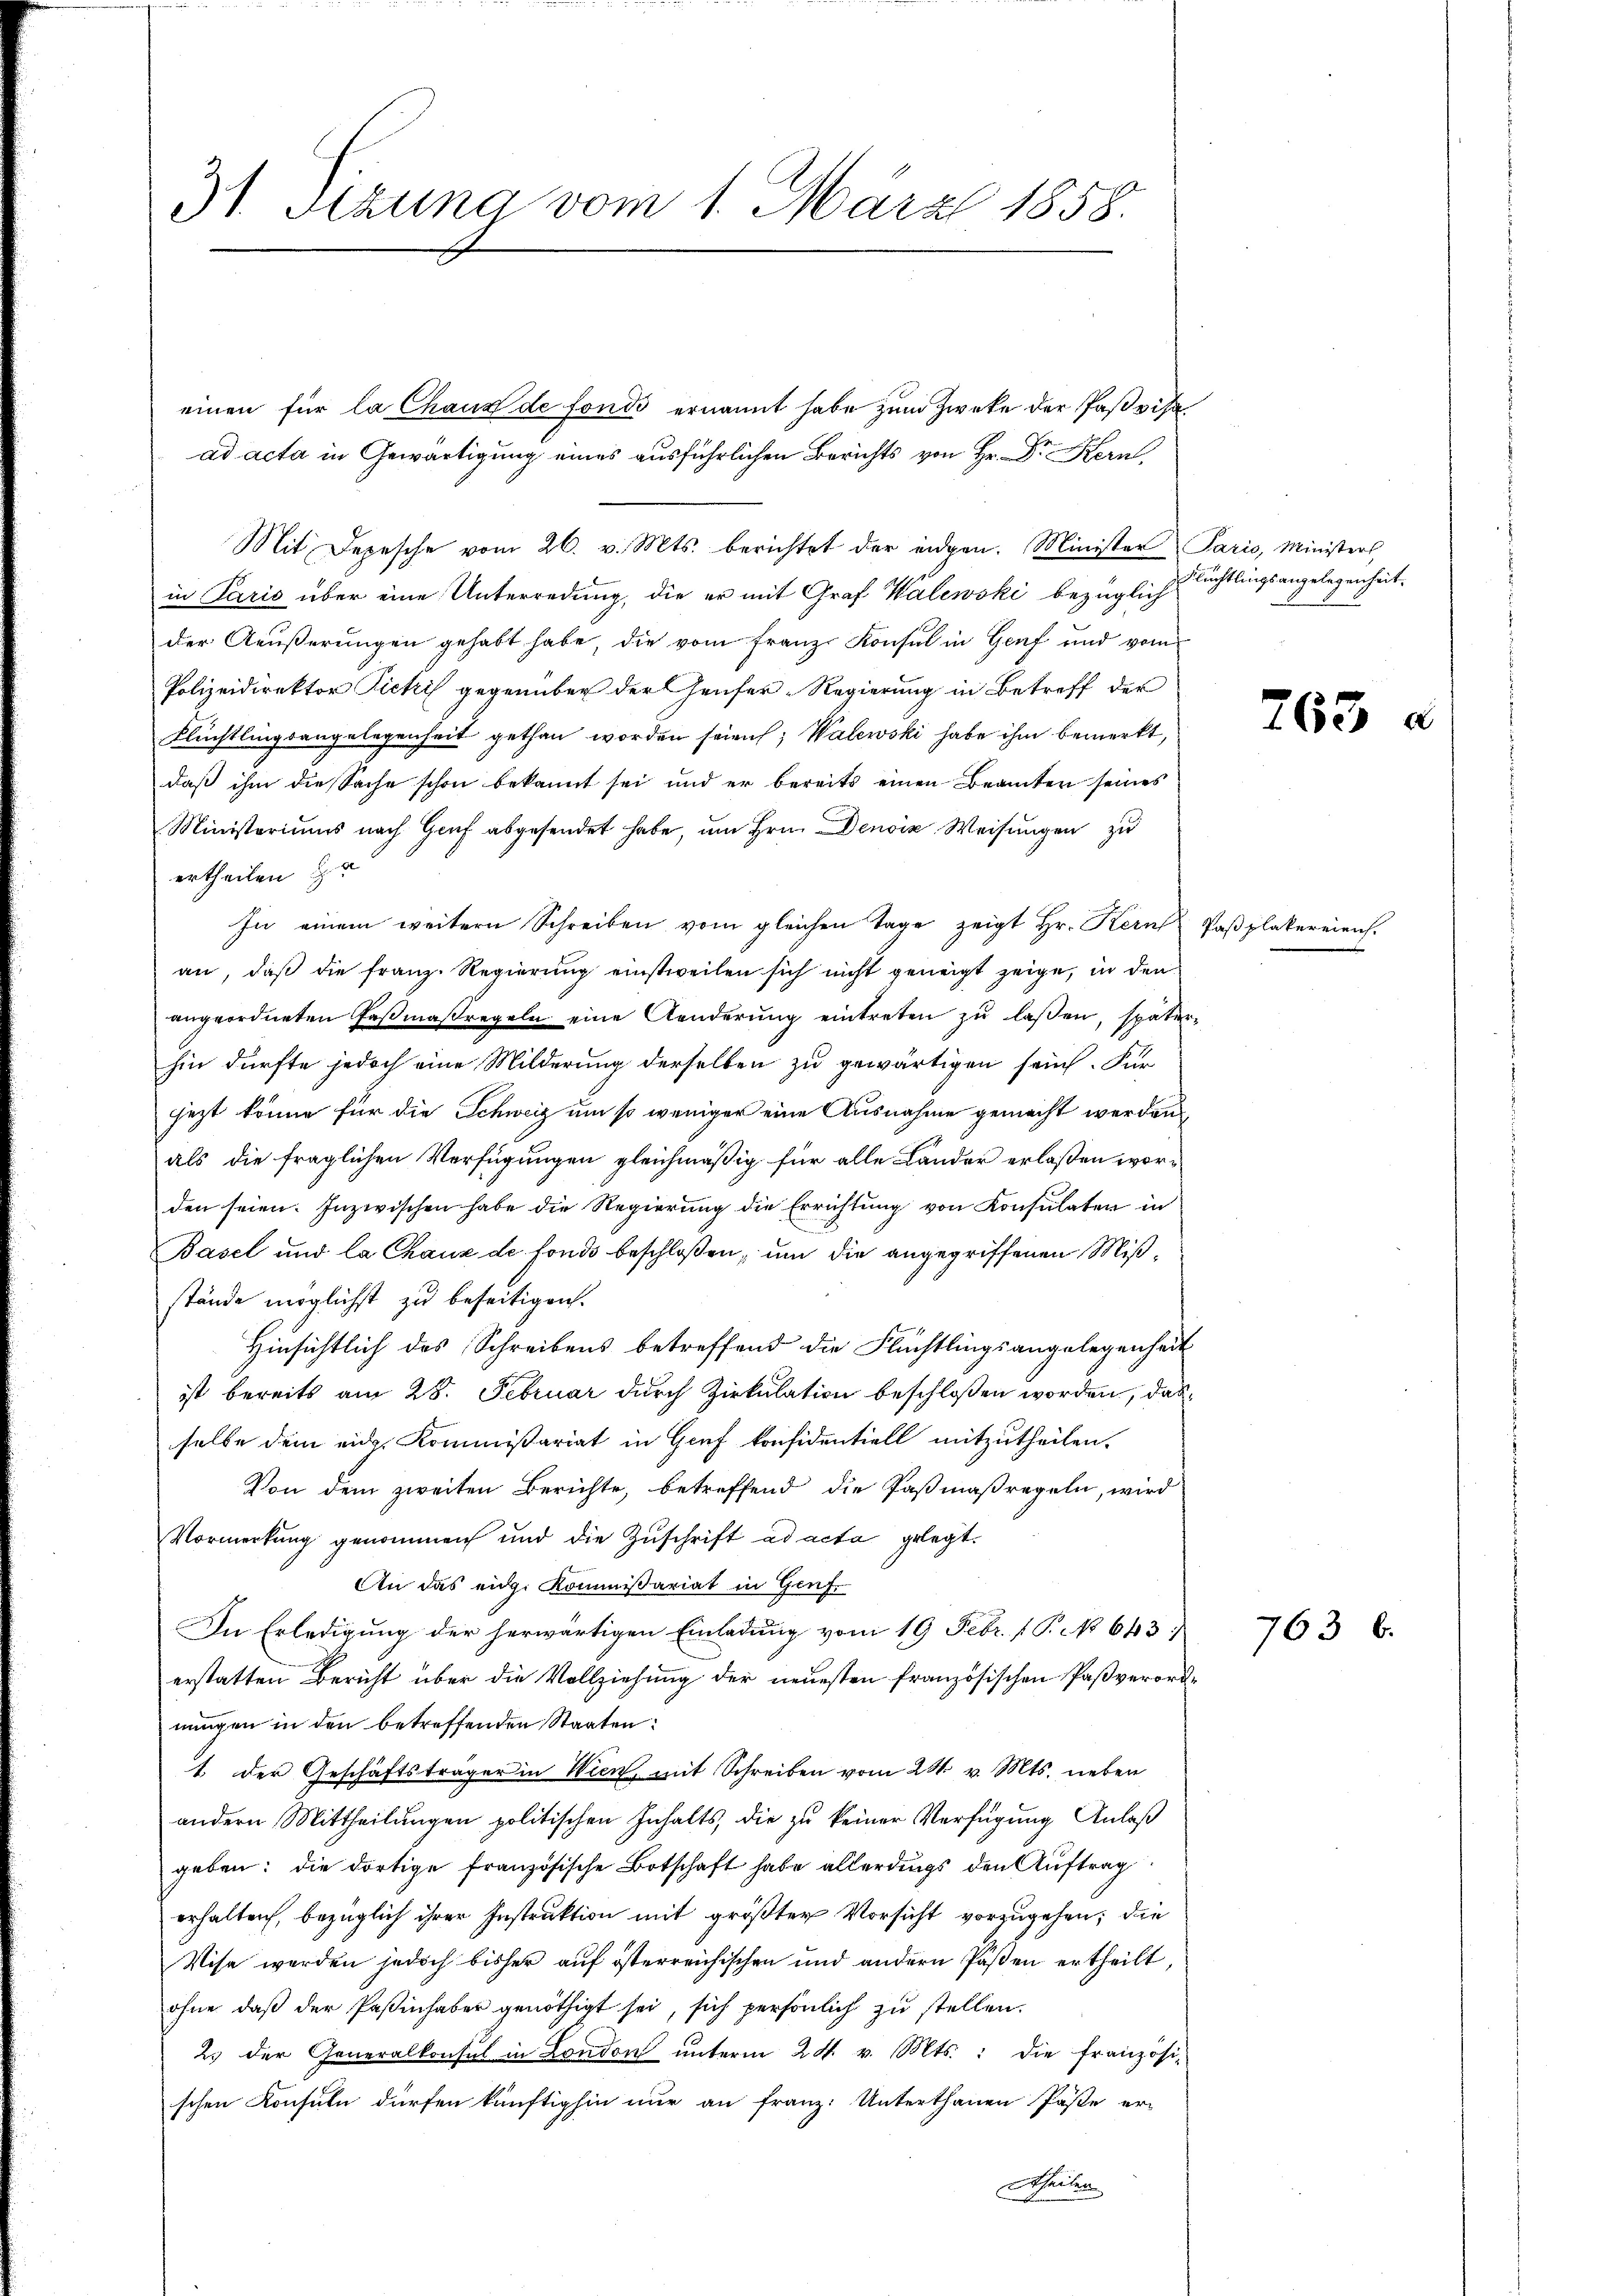
31. Sitzung vom 1. März 1858.

Mit Depesche vom 26. v. Mts. berichtet der eidgen. Minister Paris, Ministers,
in Paris über eine Unterredung, die er mit Graf Walewski bezüglich
der Aeußerungen gehabt habe, die vom Franz Konsul in Genf und vom
Polizeidirektor Picki gegenüber der Genfer-Regierung in Betreff der
Flüchtlingsangelegenheit gethan worden seien; Walewski habe ihm bemerkt,
daß ihm die Sache schon bekannt sei und er bereits einen Beamten seines
Ministeriums nach Genf abgesendet habe, um Hrn. Denoix Weisungen zu
ertheilen zu
In einem weitern Schreiben vom gleichen Tage zeigt Hr. Kern Paßplakereie
an, daß die franz. Regierung einstweilen sich nicht geneigt zeige, in den
angeordneten Faßmaßregeln eine Aenderung eintreten zu lassen, späterhin dürfte jedoch eine Milderung derselben zu gewärtigen sein. Für
jezt könne für die Schweiz um so weniger eine Ausnahme gemacht werden
als die fraglichen Verfügungen gleichmäßig für alle Lander erlassen worden seien. Inzwischen habe die Regierung die Errichtung von Konsulaten in
Basel und la Chaux de fondo beschloßen, um die angegriffenen Mißstände möglichst zu beseitigen.
Hinsichtlich des Schreibens betreffend die Flüchtlingsangelegenheit
ist bereits am 28. Februar durch Zirkulation beschloßen worden, daß
selbe dem eidg. Kommißariat in Genf konfidentiell mitzutheilen.
Von dem zweiten Berichte, betreffend die Paßmaßregeln, wird
Vormerkung genommen und die Zuschrift ad acta gelegt.
An das eidg. Kommissariat in Genf.
In Erledigung der herwärtigen Einladung vom 19 Febr. / P. No 643
erstatten Bericht über die Vollziehung der neuesten französischen Paßverordnungen in den betreffenden Staaten:
1. der Geschäftsträger in Wien, mit Schreiben vom 24. v. Mts. neben
andern Mittheilungen politischen Inhalts, die zu keiner Verfügung Anlaß
geben: die dortige französische Botschaft habe allerdings den Auftrag
erhalten, bezüglich ihrer Instruktion mit größter Vorsicht vorzugehen; die
Wise werden jedoch bisher auf österreichischen und andern Paßen ertheilt,
ohne daß der Paßinhaber genöthigt sei, sich persönlich zu stellen.
2. der Generalkonsul in London unterm 24. v. Mts.: Die französi-
schen Konsuln dürfen künftighin nur an Franz: Unterthanen Pöste er-
Atheiler

einen für la Chaus de fonds ernannt habe zum Zwecke der Paßvisaad acta in Gewärtigung eines ausführlichen Berichts von Hr. Dr Kern,

Flüchtlingsangelegenheit.

263

763 b.